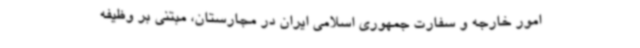
امور خارجه و سفارت جمهوری اسلامی ایران در مجارستان، مبتنی بر وظیفه